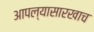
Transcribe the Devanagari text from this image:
आपल्यासारखाच